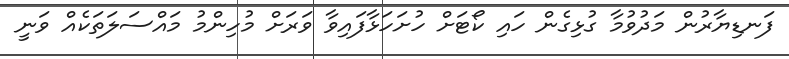
ފަނޑިޔާރުން މަދުވުމާ ގުޅިގެން ހައި ކޯޓަށް ހުށަހަޅާފައިވާ ވަރަށް މުހިންމު މައްސަލަތަކެއް ވަނީ